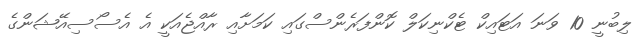
ލިބުނީ 10 ވަނަ އަޓައިކް ޓެކްނިކަލް ކޮންފަރެންސްގައި ކަމަށާއި ރާއްޖެއަކީ އެ އެސޯސިއޭޝަންގެ